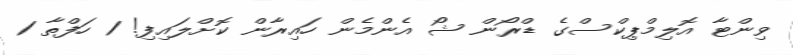
ވިންޓާ އޮލިމްޕިކްސްގެ ޑްރޯން ޝޯ އެންމެން ހައިރާން ކޮށްލައިފި! 1 ހަފްތާ 1